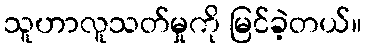
သူဟာလူသတ်မှုကို မြင်ခဲ့တယ်။